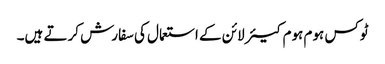
ٹوکس ہوم ہوم کیئر لائن کے استعمال کی سفارش کرتے ہیں۔